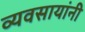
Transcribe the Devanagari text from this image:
व्यवसायांनी